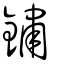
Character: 鏽